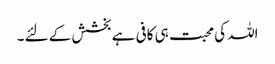
اللہ کی محبت ہی کافی ہے بخشش کے لئے ۔